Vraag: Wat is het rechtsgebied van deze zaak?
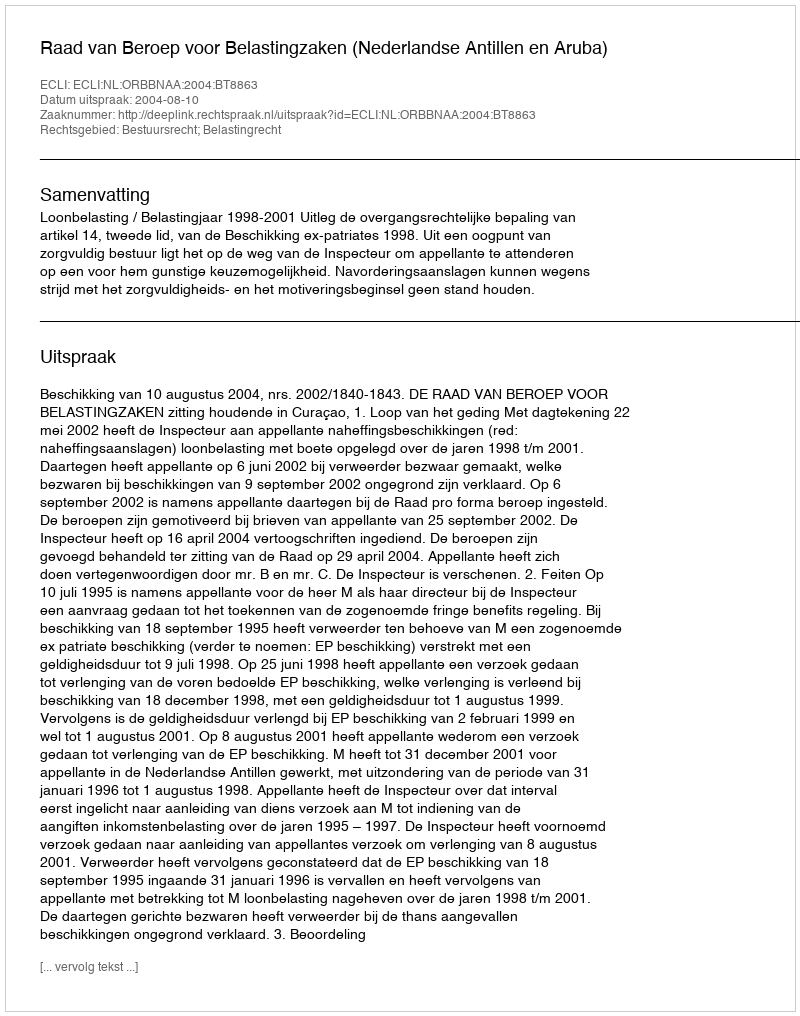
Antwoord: Bestuursrecht; Belastingrecht